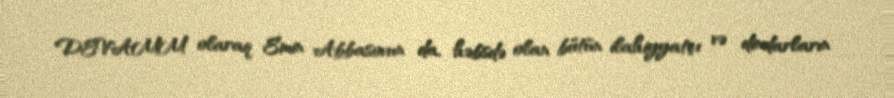
DEVAMM olaraq Emin Abbasovun da, həbsdə olan bütün ilahiyyatçı və dindarların